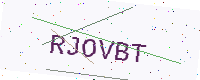
Text: RJOVBT